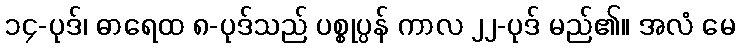
၁၄-ပုဒ်၊ ဓာရေထ ၈-ပုဒ်သည် ပစ္စုပ္ပန် ကာလ ၂၂-ပုဒ် မည်၏။ အလံ မေ